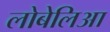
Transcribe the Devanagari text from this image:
लोबेलिआ